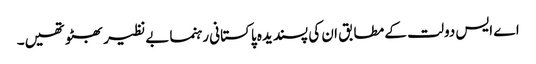
اے ایس دولت کے مطابق ان کی پسندیدہ پاکستانی رہنما بےنظیر بھٹو تھیں۔